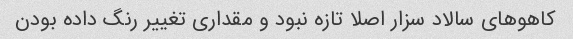
کاهوهای سالاد سزار اصلا تازه نبود و مقداری تغییر رنگ داده بودن